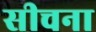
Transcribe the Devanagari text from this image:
सीचना